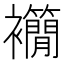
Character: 𧟉